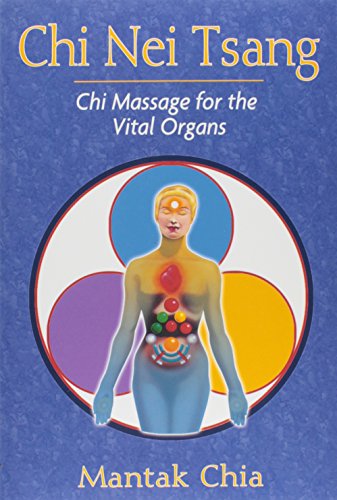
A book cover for Chi Nei Tsang: Chi Massage for the Vital Organs; Mantak Chia; Health, Fitness & Dieting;